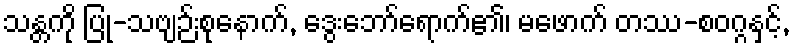
သန္တကို ပြု-သဗျဉ်းစုနောက်, ဒွေးဘော်ရောက်၏၊ မဖောက် တဿ-စဝဂ္ဂနှင့်,